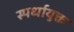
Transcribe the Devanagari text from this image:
स्पर्धायुक्त